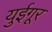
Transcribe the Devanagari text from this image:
युईगूर